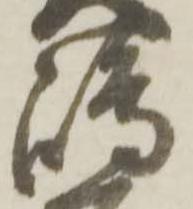
嶋